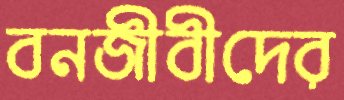
বনজীবীদের